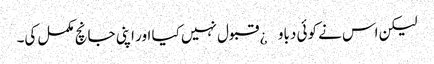
لیکن اس نے کوئی دباو¿ قبول نہیں کیا اور اپنی جانچ مکمل کی۔